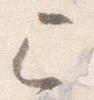
巳